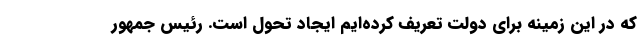
که در این زمینه برای دولت تعریف کرده‌ایم ایجاد تحول است. رئیس جمهور